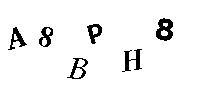
A8BPH8